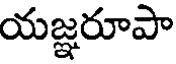
యజ్ఞరూపా